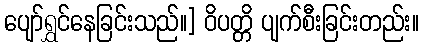
ပျော်ရွှင်နေခြင်းသည်။] ဝိပတ္တိ ပျက်စီးခြင်းတည်း။